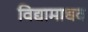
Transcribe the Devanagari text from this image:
विद्यामाधव